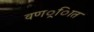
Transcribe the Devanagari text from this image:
वणर््िात